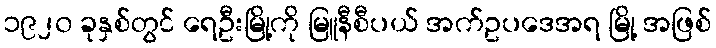
၁၉၂၀ ခုနှစ်တွင် ရေဦးမြို့ကို မြူနီစီပယ် အက်ဥပဒေအရ မြို့ အဖြစ်